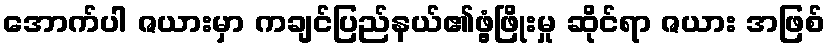
အောက်ပါ ဇယားမှာ ကချင်ပြည်နယ်၏ဖွံ့ဖြိုးမှု ဆိုင်ရာ ဇယား အဖြစ်